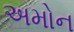
અમોન